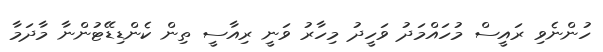
ހުންނެވި ރައީސް މުހައްމަދު ވަހީދު މިހާރު ވަނީ ރިއާސީ ތިން ކެންޑިޑޭޓުންނާ މާދަމާ